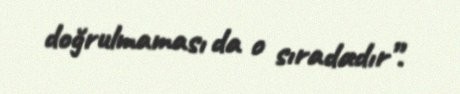
doğrulmaması da o sıradadır”.